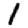
Digit: 1